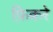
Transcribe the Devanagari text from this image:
फ़िकरे